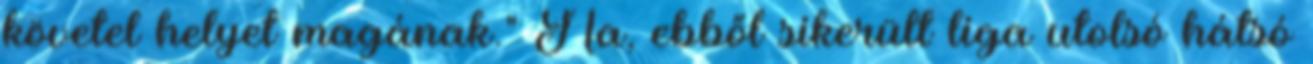
követel helyet magának." Na, ebből sikerült liga utolsó hátsó